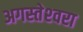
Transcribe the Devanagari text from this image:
अगस्‍तेश्‍वरा